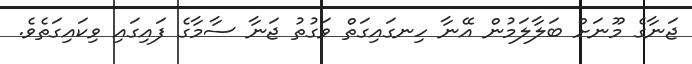
ޖަނާގެ މޫނަށް ބަލާލަމުން އޭނާ ހިނގައިގަތް ވަގުތު ޖަނާ ސާމާގެ ފައިގައި ވިކައިގަތެވެ.